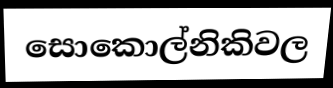
සොකොල්නිකිවල